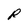
Character: R